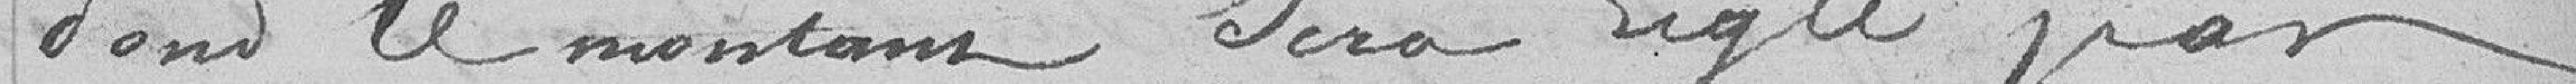
dont le montant sera réglé par